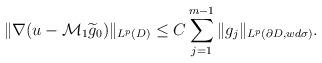
LaTeX: \begin{align*}\|\nabla (u-\mathcal{M}_{1}\widetilde{g}_{0})\|_{L^{p}(D)}\leq C\sum_{j=1}^{m-1}\|g_{j}\|_{L^{p}(\partial D, wd\sigma)}.\end{align*}